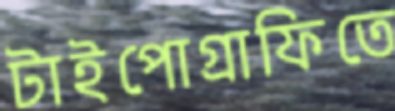
টাইপোগ্রাফিতে